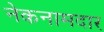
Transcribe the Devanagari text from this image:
नेकनामदार